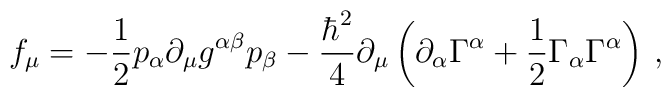
f_{\mu}=-\frac{1}{2}p_{\alpha}\partial_{\mu} g^{\alpha\beta} p_{\beta}-\frac{\hbar^{2}}{4}\partial_{\mu} \left(\partial_{\alpha}\Gamma^{\alpha}+\frac{1}{2}\Gamma_{\alpha}\Gamma^{\alpha} \right)\,,